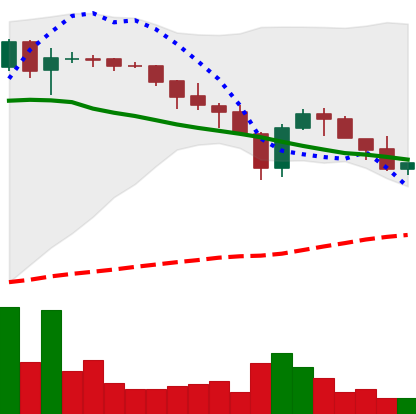
Ticker: XLM-USD
Chart end date: 2018-05-18
Forward return: -12.249%
Label: down_7plus